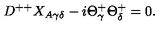
D ^ { + + } X _ { A \gamma \delta } - i \Theta _ { \gamma } ^ { + } \Theta _ { \delta } ^ { + } = 0 .